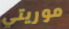
موريتي